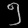
Digit: ၅